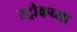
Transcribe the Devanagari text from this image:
स्ट्रोकच्या